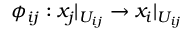
\phi _ { i j } : x _ { j } | _ { U _ { i j } } \rightarrow x _ { i } | _ { U _ { i j } }